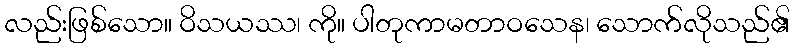
လည်းဖြစ်သော။ ဝိသယဿ၊ ကို။ ပါတုကာမတာဝသေန၊ သောက်လိုသည်၏